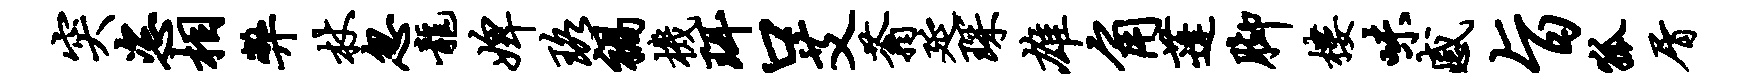
突恣相弊杖忽龙婢珞祸机珥口艾蓊延琛雄角蓬脚楼味感旨狐屑